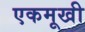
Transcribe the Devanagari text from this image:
एकमूखी